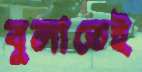
বুলাতেই